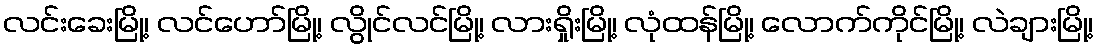
လင်းခေးမြို့၊ လင်ဟော်မြို့၊ လွိုင်လင်မြို့၊ လားရှိုးမြို့၊ လုံထန်မြို့၊ လောက်ကိုင်မြို့၊ လဲချားမြို့၊